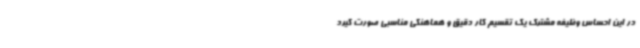
در این احساس وظیفه مشترک یک تقسیم کار دقیق و هماهنگی مناسبی صورت گیرد